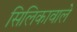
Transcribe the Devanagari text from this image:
सिलिकावाले